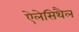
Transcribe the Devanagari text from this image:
ऐलेसिथैल